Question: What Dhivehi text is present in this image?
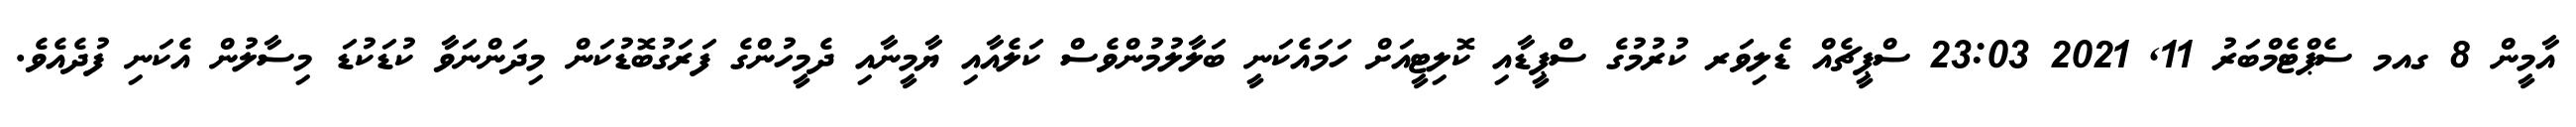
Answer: އާމީން 8 ގއމ ސެޕްޓެމްބަރު 11, 2021 23:03 ސްޕީޗެއް ޑެލިވަރ ކުރުމުގެ ސްޕީޑާއި ކޮލިޓީއަށް ހަމައެކަނީ ބަލާލުމުންވެސް ކަލެއާއި ޔާމީނާއި ދެމީހުންގެ ފަރަގުބޮޑުކަން މިދަންނަވާ ކުޑަކުޑަ މިސާލުން އެކަނި ފުދެއެވެ.